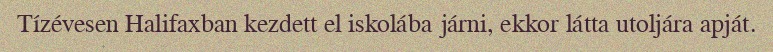
Tízévesen Halifaxban kezdett el iskolába járni, ekkor látta utoljára apját.